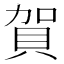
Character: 賀